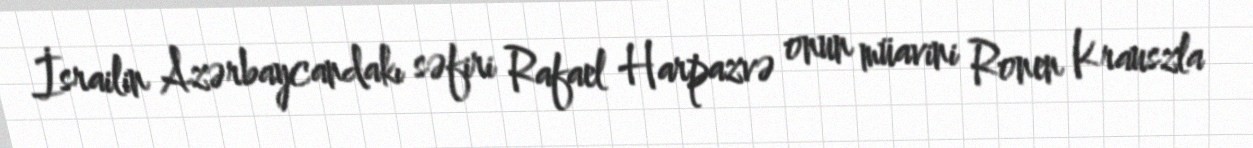
İsrailin Azərbaycandakı səfiri Rafael Harpazvə onun müavini Ronen Krauszla